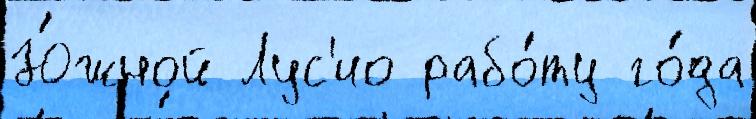
Ю́жной Лус'ио рабо́ту го́да